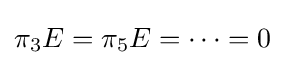
\pi _{3}E=\pi _{5}E=\cdots =0